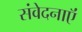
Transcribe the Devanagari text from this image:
संवेदनाऍं